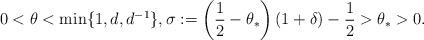
LaTeX: \begin{align*}0<\theta<\min\{1,d,d^{-1}\},\sigma:=\left(\frac{1}{2}-\theta_*\right)(1+\delta)-\frac{1}{2}>\theta_*>0. \end{align*}